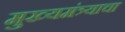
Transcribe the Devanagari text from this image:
मुख्यमंत्र्याचा